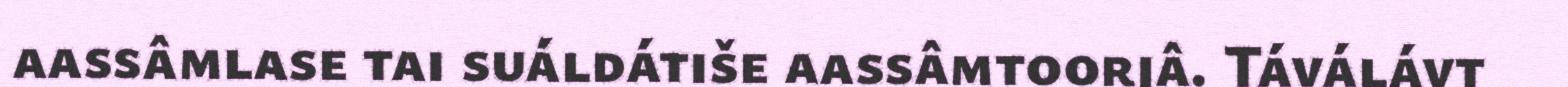
aassâmlase tai suáldátiše aassâmtoorjâ. Táválávt